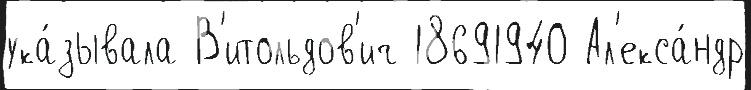
ука́зывала В'итольдов'ич 18691940 Ал'екса́ндр